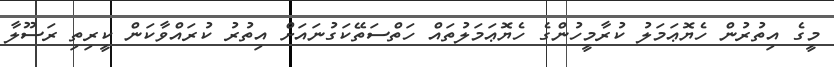
މީގެ އިތުރުން ހެޔޮޢަމަލު ކުރާމީހުންގެ ހެޔޮޢަމަލުތައް ހަތްސަތޭކަގުނައަށް އިތުރު ކުރައްވާކަން ކީރިތި ރަސޫލާ